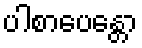
ပါစာပေန္တော